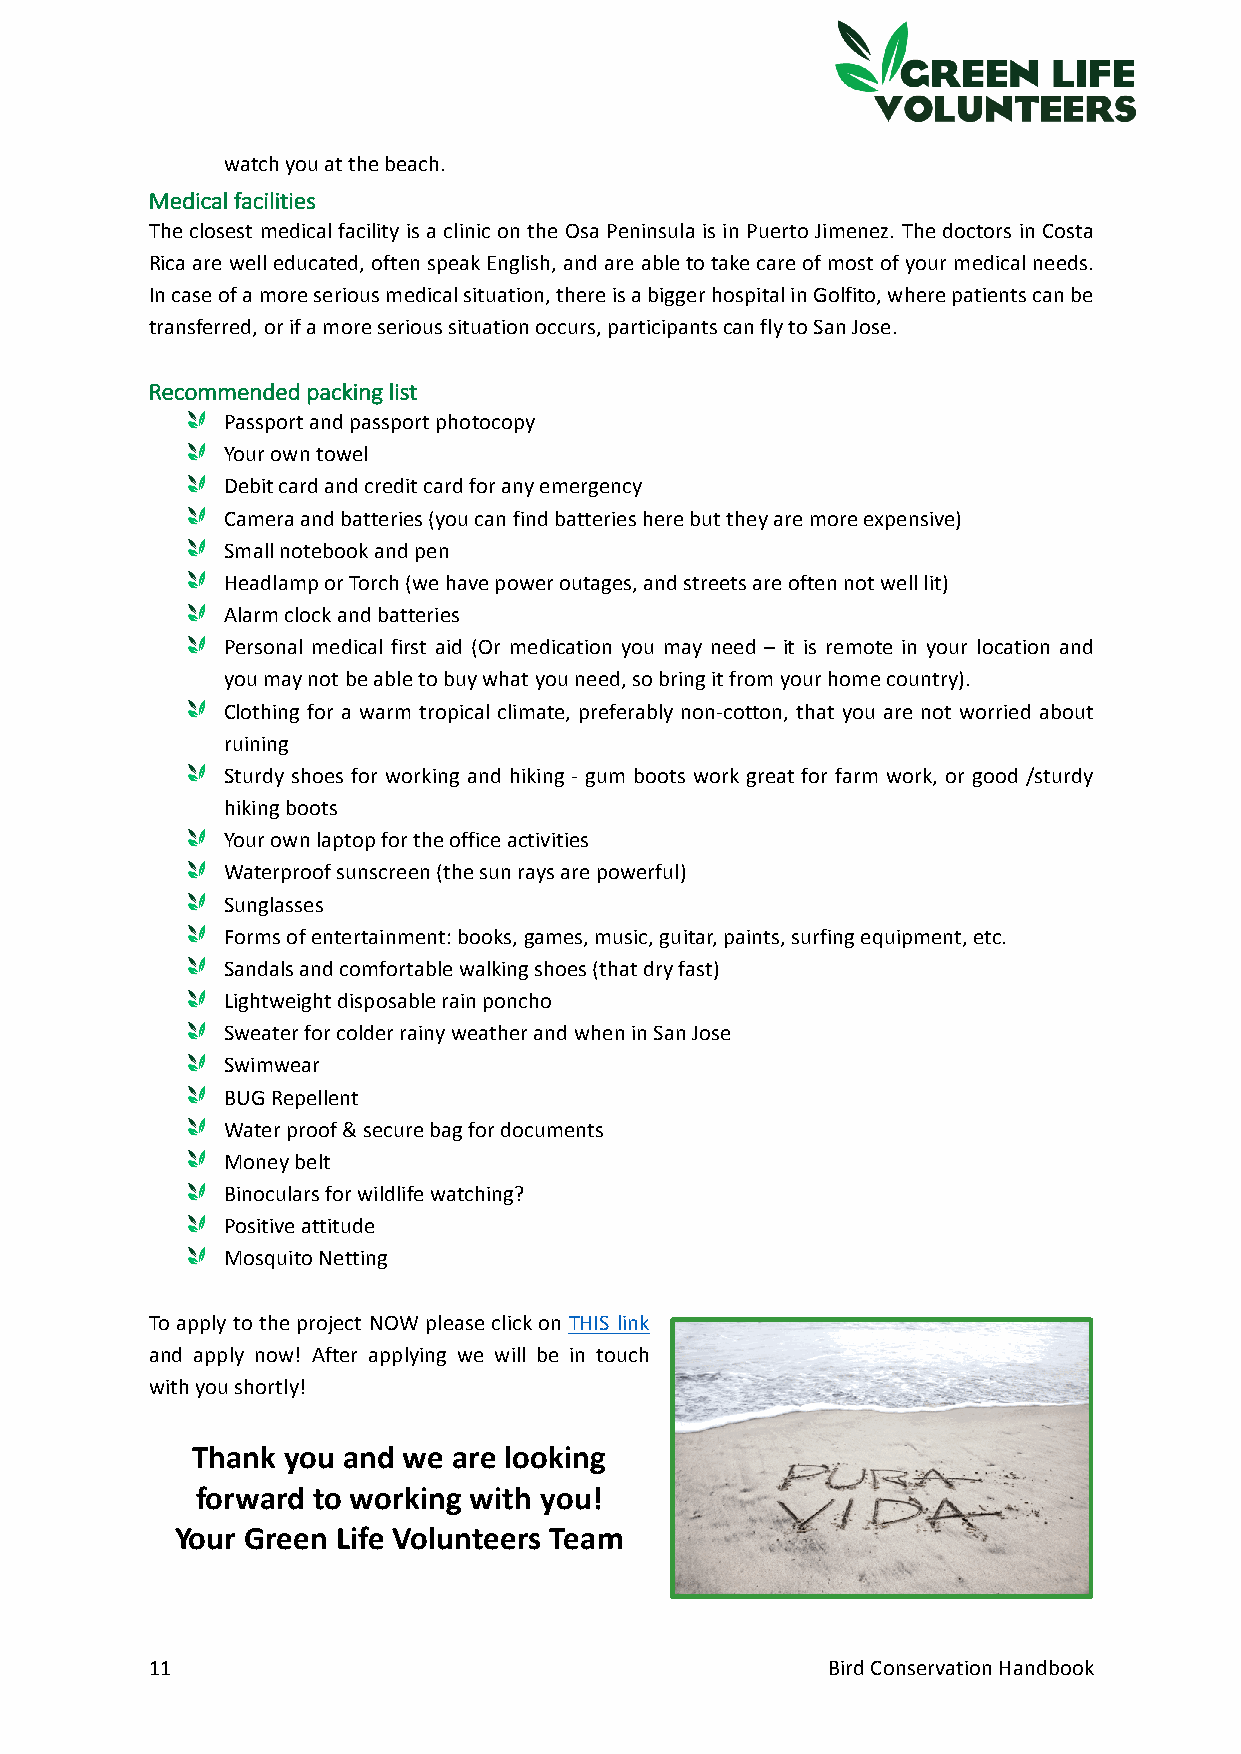
watch you at the beach.
 Medical facilities
 The closest medical facility is a clinic on the Osa Peninsula is in Puerto Jimenez. The doctors in Costa
 Rica are well educated, often speak English, and are able to take care of most of your medical needs.
 In case of a more serious medical situation, there is a bigger hospital in Golfito, where patients can be
 transferred, or if a more serious situation occurs, participants can fly to San Jose.
 Recommended packing list
 Passport and passport photocopy
 Your own towel
 Debit card and credit card for any emergency
 Camera and batteries (you can find batteries here but they are more expensive)
 Small notebook and pen
 Headlamp or Torch (we have power outages, and streets are often not well lit)
 Alarm clock and batteries
 Personal medical first aid (Or medication you may need – it is remote in your location and
 you may not be able to buy what you need, so bring it from your home country).
 Clothing for a warm tropical climate, preferably non-cotton, that you are not worried about
 ruining
 Sturdy shoes for working and hiking - gum boots work great for farm work, or good /sturdy
 hiking boots
 Your own laptop for the office activities
 Waterproof sunscreen (the sun rays are powerful)
 Sunglasses
 Forms of entertainment: books, games, music, guitar, paints, surfing equipment, etc.
 Sandals and comfortable walking shoes (that dry fast)
 Lightweight disposable rain poncho
 Sweater for colder rainy weather and when in San Jose
 Swimwear
 BUG Repellent
 Water proof & secure bag for documents
 Money belt
 Binoculars for wildlife watching?
 Positive attitude
 Mosquito Netting
 To apply to the project NOW please click on THIS link
 and apply now! After applying we will be in touch
 with you shortly!
 Thank you and we are looking
 forward to working with you!
 Your Green Life Volunteers Team
 11                                           Bird Conservation Handbook